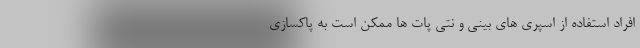
افراد استفاده از اسپری های بینی و نتی پات ها ممکن است به پاکسازی